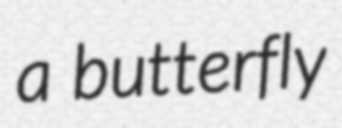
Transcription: a butterfly